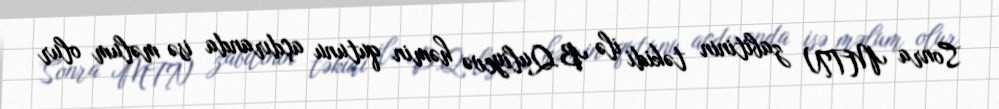
Sonra MTN zabitinin təkidi ilə B.Quliyevə həmin qutunu açdıranda isə məlum olur